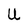
Character: U